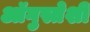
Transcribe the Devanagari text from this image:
ऑगुस्तेशी